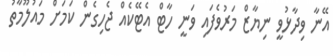
އޭނާ ވިދާޅުވީ ނިޔާޒް މަރުވެފައި ވަނީ ހާޓް އެޓޭކެއް ޖެހިގެން ކަމަށް މައުލޫމާތު